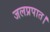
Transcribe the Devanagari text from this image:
जलप्रपात।